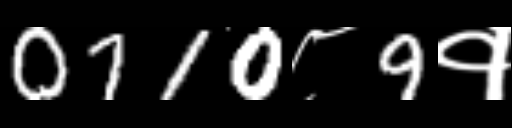
Text: 0710८9१